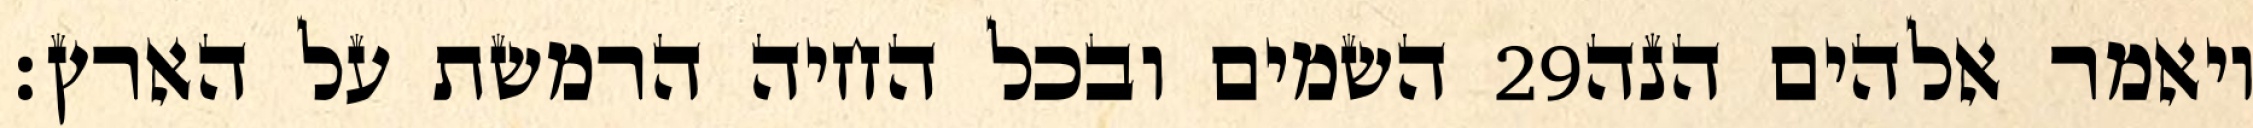
השמים ובכל החיה הרמשת על הארץ׃ ‎29‏ ויאמר אלהים הנה